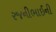
રજનીભાઈની